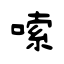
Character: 嗦